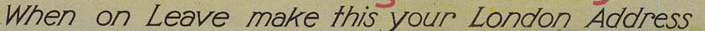
When on Leave make this your London Address